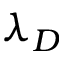
\lambda _ { D }